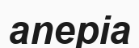
anepia